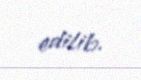
edilib.